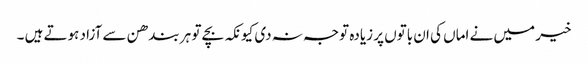
خیر میں نے اماں کی ان باتوں پر زیادہ توجہ نہ دی کیونکہ بچے تو ہر بندھن سے آزاد ہوتے ہیں ۔